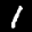
Label: 1